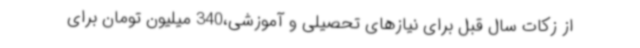
از زکات سال قبل برای نیازهای تحصیلی و آموزشی،340 میلیون تومان برای